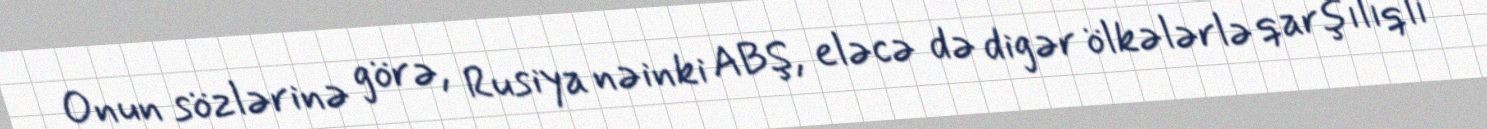
Onun sözlərinə görə, Rusiya nəinki ABŞ, eləcə də digər ölkələrlə qarşılıqlı